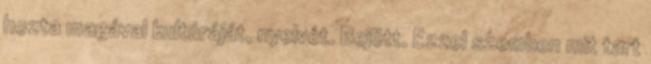
hozta magával kultúráját, nyelvét. Bejött. Ezzel szemben mit tart